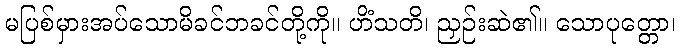
မပြစ်မှားအပ်သောမိခင်ဘခင်တို့ကို။ ဟိံသတိ၊ ညှဉ်းဆဲ၏။ သောပုတ္တော၊